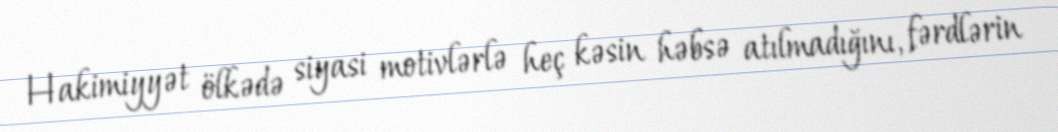
Hakimiyyət ölkədə siyasi motivlərlə heç kəsin həbsə atılmadığını, fərdlərin